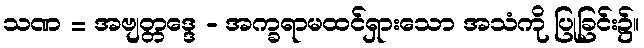
သဏ = အဗျတ္တဒ္ဒေ - အက္ခရာမထင်ရှားသော အသံကို ပြုခြင်း၌။